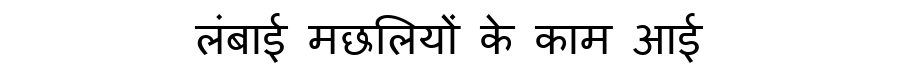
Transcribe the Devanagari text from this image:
लंबाई मछलियों के काम आई